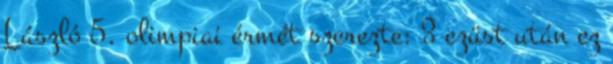
László 5. olimpiai érmét szerezte: 3 ezüst után ez